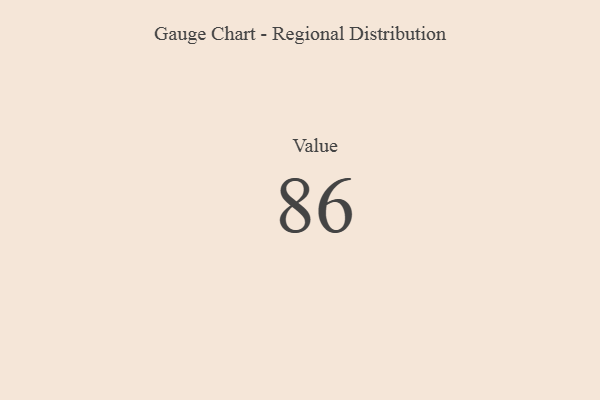
{"axis": {"x": "Metric", "y": "Value"}, "legend": [""], "data": [{"x": "Value", "y": 86, "type": ""}]}